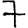
Digit: 7